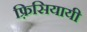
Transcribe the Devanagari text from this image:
फ़्रिसियायी